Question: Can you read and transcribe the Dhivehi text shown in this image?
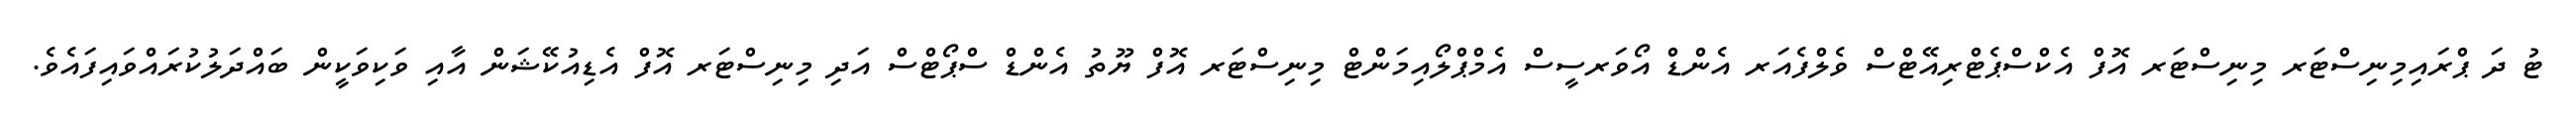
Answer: ޓު ދަ ޕްރައިމިނިސްޓަރ މިނިސްޓަރ އޮފް އެކްސްޕެޓްރިއޭޓްސް ވެލްފެއަރ އެންޑް އޯވަރސީސް އެމްޕްލޯއިމަންޓް މިނިސްޓަރ އޮފް ޔޫތު އެންޑް ސްޕޯޓްސް އަދި މިނިސްޓަރ އޮފް އެޑިއުކޭޝަން އާއި ވަކިވަކީން ބައްދަލުކުރައްވައިފައެވެ.